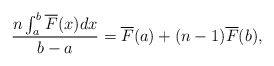
\begin{align*}\frac{n\int_{a}^{b}\overline{F}(x)dx}{b-a} = \overline{F}(a)+(n-1)\overline{F}(b),\end{align*}